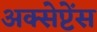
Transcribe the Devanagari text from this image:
अक्सेप्टेंस